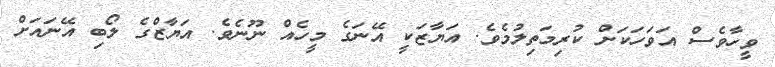
ވީހާވެސް އަވަހަކަށް ކުރިމަތިލުމެވެ. އަޔާޒަކީ އޭނަގެ މީހެއް ނޫނެވެ. އަޔާޒްގެ ލޯބި އޭނައަށް